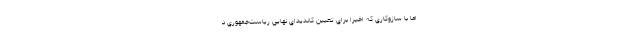
اما با سازوكاري كه اخيرا براي تعيين كانديداي نهايي رياست‌جمهوري د